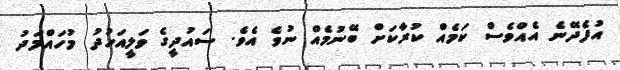
އުފެދޭނެ އެއްވެސް ކަމެއް ކުރާކަށް ބޭނުމެއް ނުވެ އެވެ. ސައުދީގެ ވަލީއަހުދު މުހައްމަދު